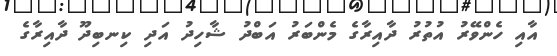
އާއި ހެންވޭރު އުތުރު ދާއިރާގެ މެންބަރު އަބްދު ޝާހިދު އަދި ކިނބިދޫ ދާއިރާގެ